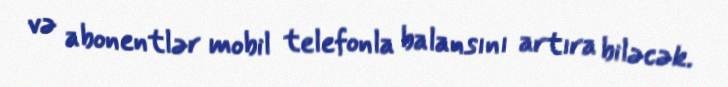
və abonentlər mobil telefonla balansını artıra biləcək.